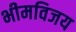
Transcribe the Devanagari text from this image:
भीमविजय